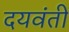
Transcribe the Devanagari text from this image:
दयवंती